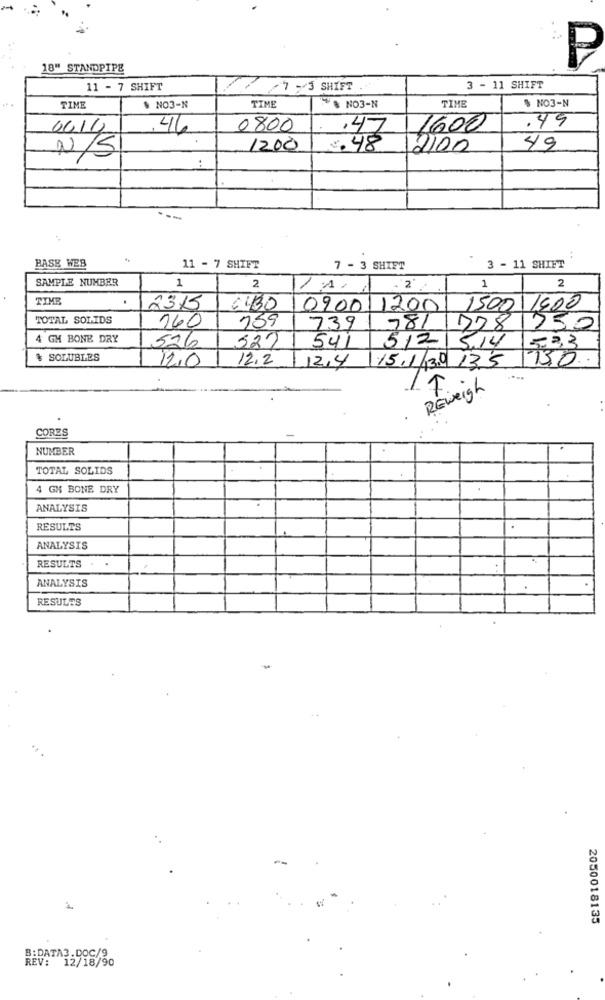
18" STANDPIPE
P
11 - 7 SHIFT
7 - 3 SHIFT ..
3 - 11 SHIFT
TIME
$ NO3-N
TIME
$ NO3-N
TIME
$ NO3-N
.49
6414
.46
0800
.47
1600
1200
€. 48
2000
49
N/S
:
BASE WEB
11 - 7 SHIFT
7 - 3 SHIFT
3 - 11 SHIFT
SAMPLE NUMBER
1
2
2
11.1
2
1
TIME
.
2315
6430
0900 12001 1500/1500
TOTAL SOLIDS
160
259
739
781 7281250
4 GH BONE DRY
526
527
541
512 514 533
& SOLUBLES
12,0
12.2
15.1/30 135 130
12,4
REWeigh
CORES
NUMBER
TOTAL SOLIDS
4 GH BONE DRY
ANALYSIS
RESULTS
ANALYSIS
RESULTS
ANALYSIS
RESULES
2050018135
B:DATA3.DOC/9
REV: 12/18/90